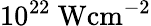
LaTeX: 10^{22}\mathrm{~Wcm^{-2}}